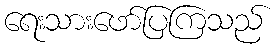
ရေးသားဖော်ပြကြသည်